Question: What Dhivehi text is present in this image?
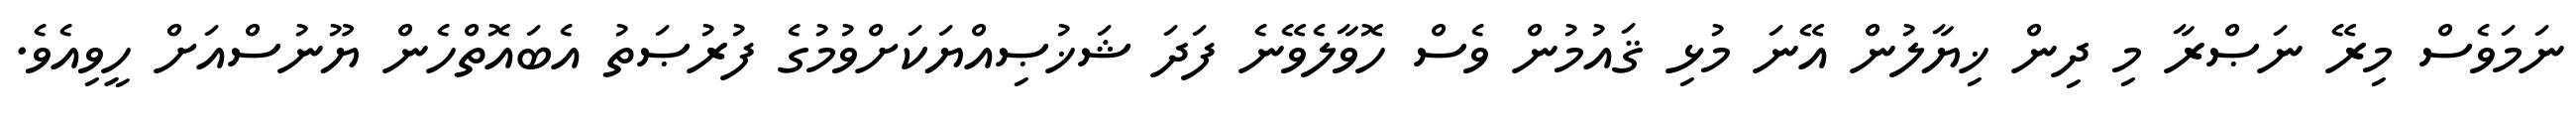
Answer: ނަމަވެސް މިރޭ ނަޞްރާ މި ދިން ޚިޔާލުން އޭނަ މުޅި ޤައުމުން ވެސް ހޮވާލެވޭނެ ފަދަ ޝަޚުޞިއްޔަކަށްވުމުގެ ފުރުޞަތު އެބައޮތްހެން ޔޫނުސްއަށް ހީވިއެވެ.